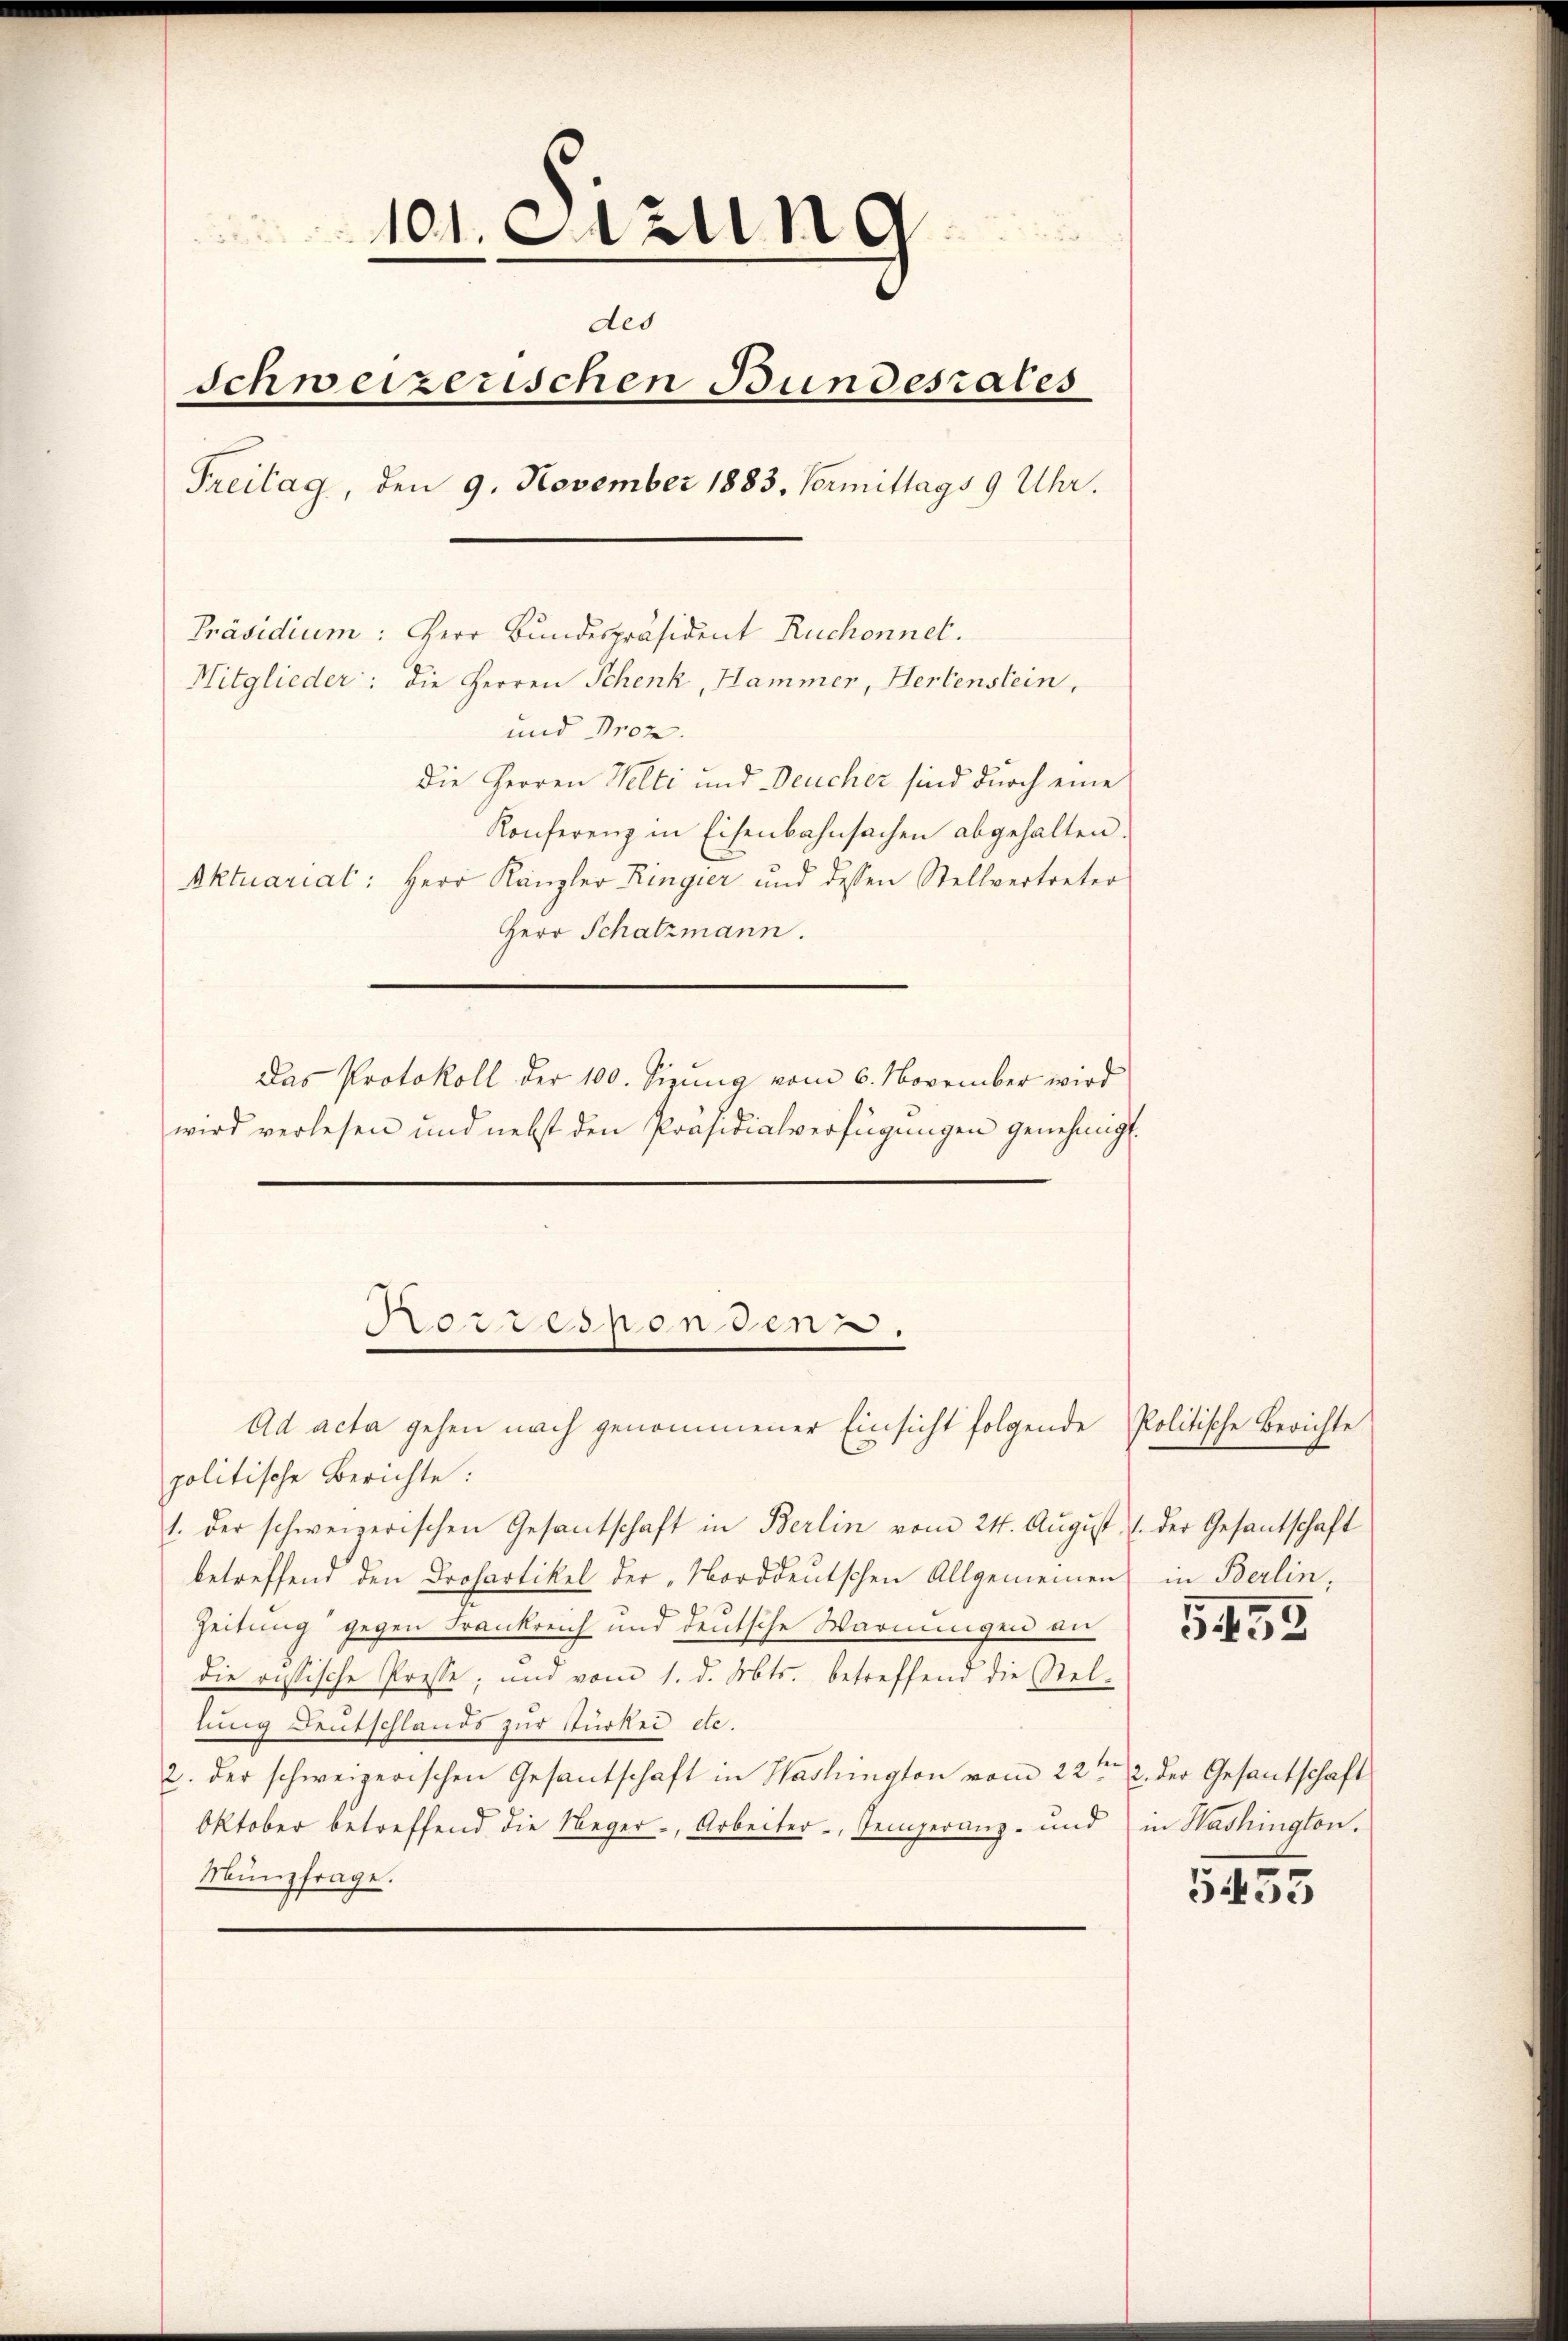
101. Sitzung
des
Schweizerischen Bundesrates
Freitag, den 9. November 1883. Vormittags 9 Uhr.
Präsidium: Herr Bundespräsident Ruchonnet.
Mitglieder: die Herren Schenk, Hammer, Herbenstein,
und Proz.
Die Herren Welti und Deucher sind durch eine
Konferenz in Eisenbahnsachen abgehalten.
Aktuariat: Herr Kanzler Ringier und dessen Stellvertreter
Herr Schatzmann.
Das Protokoll der 100. Sizung vom 6. November wird
wird verlesen und nebst den Präsidialverfügungen genehmigt.

Borrespondenz.

Ad acta gehen nach genommener Einsicht folgende Politische Berichte
politische Berichte:
1. der schweizerischen Gesantschaft in Berlin vom 24. August 1. der Gesantschaft
betreffend den Drohartikel der „Norddeutschen Allgemeinen in Berlin,
Zeitung gegen Frankreich und deutsche Warnungen an
die ristische Presse; und vom 1. d. Mts. betreffend die Stel-
lung Deutschlands zur Stürkei etc.
ten
2. der schweizerischen Gesantschaft in Washington vom 22. 2. der Gesantschaft
Oktober betreffend die Reger-, Arbeiter, Temperanz- und in Washinglon.
Münzfrage.

5455

5435